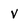
Character: v